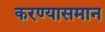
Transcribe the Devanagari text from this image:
करण्यासमान